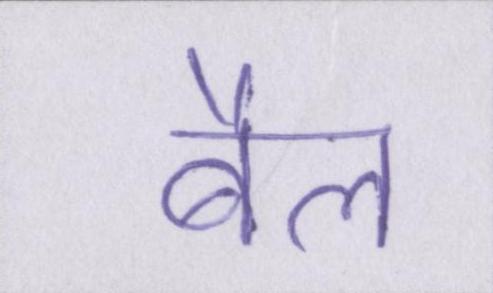
बैल